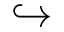
\hookrightarrow